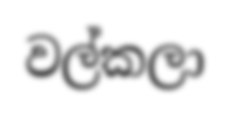
වල්කලා